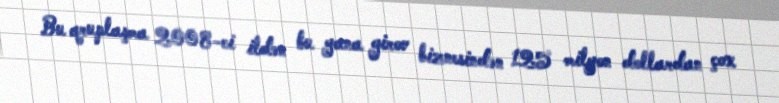
Bu qruplaşma 2008-ci ildən bu yana girov biznesindən 125 milyon dollardan çox